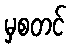
မှစတင်